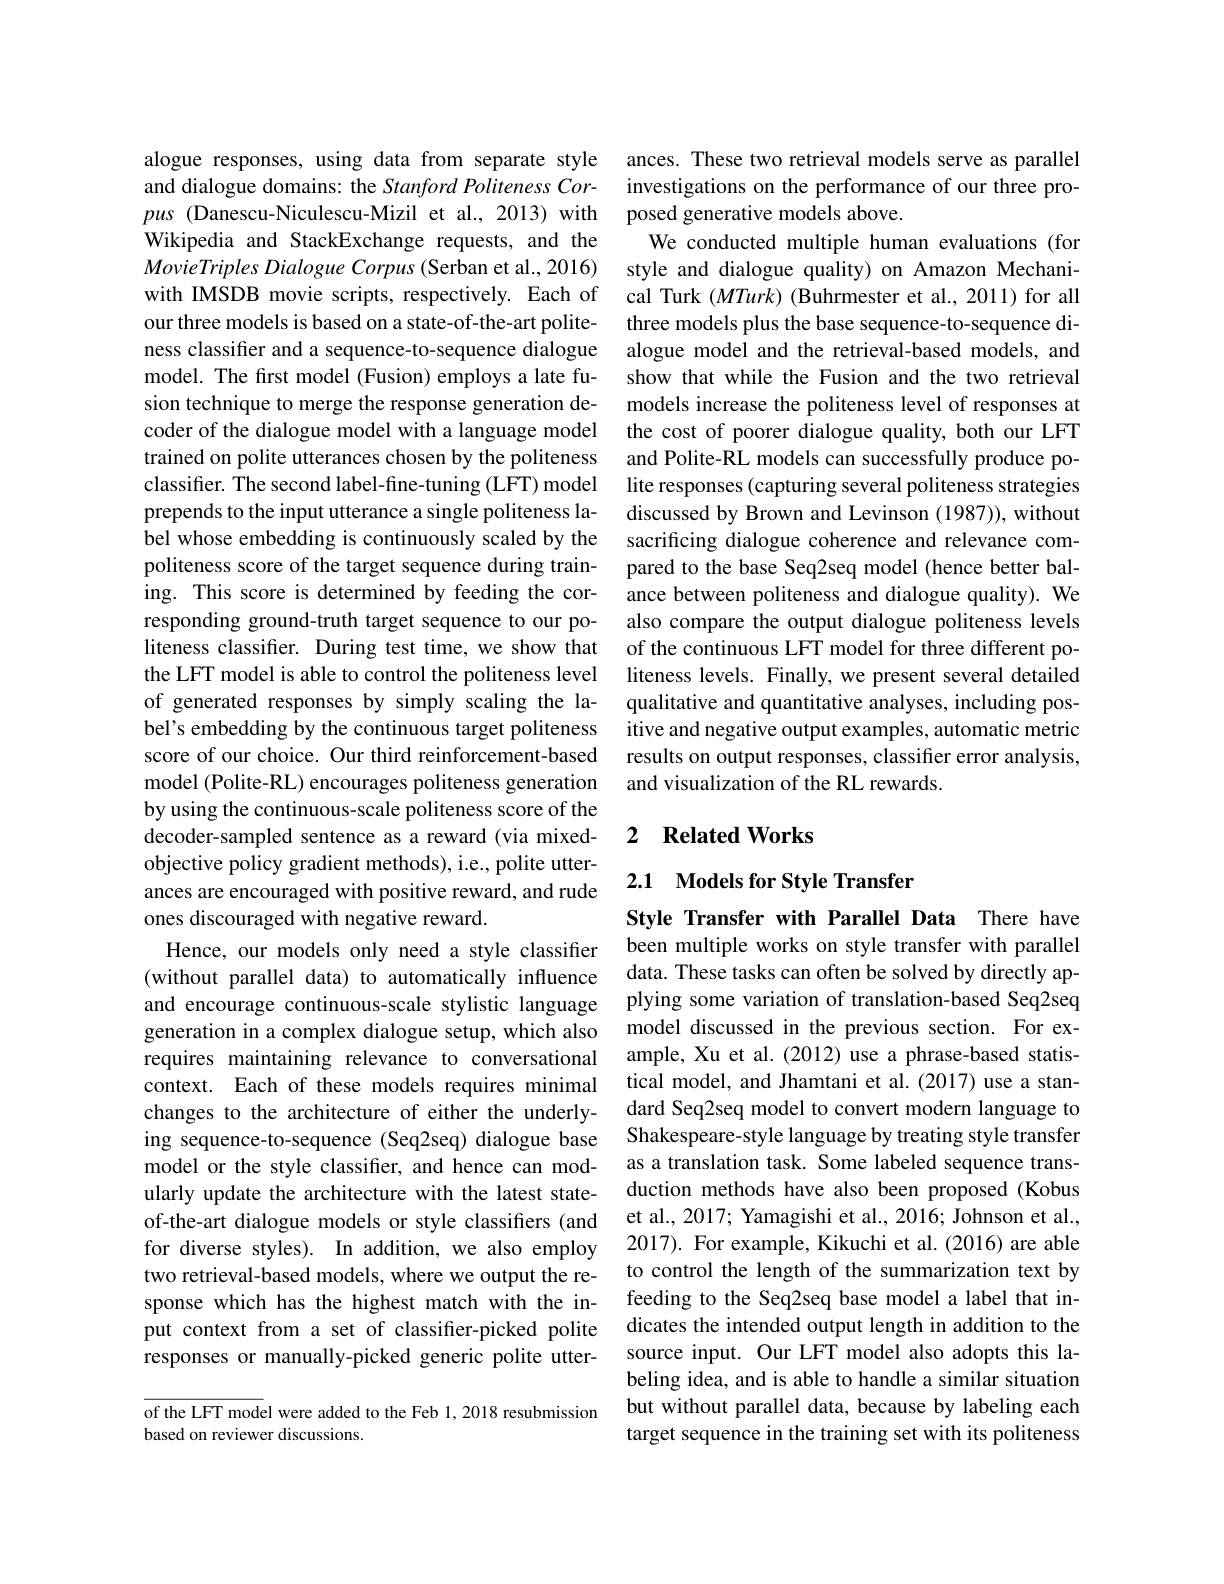
alogue responses, using data from separate style and dialogue domains: the Stanford Politeness Corpus (Danescu-Niculescu-Mizil et al.,2013) with Wikipedia and StackExchange requests, and the MovieTriples Dialogue Corpus (Serban et al., 2016) with IMSDB movie scripts, respectively. Each of our three models is based on a state-of-the-art politeness classifier and a sequence-to-sequence dialogue model. The frst model (Fusion) employs a late fusion technique to merge the response generation decoder of the dialogue model with a language model trained on polite utterances chosen by the politeness classifer. The second label-fine-tuning (LFT) model prepends to the input utterance a single politeness label whose embedding is continuously scaled by the politeness score of the target sequence during training. This score is determined by feeding the corresponding ground-truth target sequence to our politeness classifer. During test time, we show that the LFT model is able to control the politeness level of generated responses by simply scaling the label's embedding by the continuous target politeness score of our choice. Our third reinforcement-based model (Polite-RL) encourages politeness generation by using the continuous-scale politeness score of the decoder-sampled sentence as a reward (via mixedobjective policy gradient methods), i.e., polite utterances are encouraged with positive reward, and rude ones discouraged with negative reward.
Hence, our models only need a style classifier (without parallel data) to automatically influence and encourage continuous-scale stylistic language generation in a complex dialogue setup, which also requires maintaining relevance to conversational context. Each of these models requires minimal changes to the architecture of either the underlying sequence-to-sequence (Seq2seq) dialogue base model or the style classifier, and hence can modularly update the architecture with the latest stateof-the-art dialogue models or style classifiers (and for diverse styles). In addition, we also employ two retrieval-based models, where we output the response which has the highest match with the input context from a set of classifier-picked polite responses or manually-picked generic polite utter-

of the LFT model were added to the Feb 1, 2018 resubmission
based on reviewer discussions.

ances. These two retrieval models serve as parallel investigations on the performance of our three proposed generative models above.
We conducted multiple human evaluations (for style and dialogue quality) on Amazon Mechanical Turk $(MTurk)$ (Buhrmester et al., 2011) for all three models plus the base sequence-to-sequence dialogue model and the retrieval-based models, and show that while the Fusion and the two retrieval models increase the politeness level of responses at the cost of poorer dialogue quality, both our LFT and Polite-RL models can successfully produce polite responses (capturing several politeness strategies discussed by Brown and Levinson (1987)), without sacrificing dialogue coherence and relevance compared to the base Seq2seq model (hence better balance between politeness and dialogue quality). We also compare the output dialogue politeness levels of the continuous LFT model for three different politeness levels. Finally, we present several detailed qualitative and quantitative analyses, including positive and negative output examples, automatic metric results on output responses, classifier error analysis, and visualization of the RL rewards.

## 2 $\textbf{Related Works}$

### 2.1 $\textbf{Models for Style Transfer}$

Style Transfer with Parallel Data There have been multiple works on style transfer with parallel data. These tasks can often be solved by directly applying some variation of translation-based Seq2seq model discussed in the previous section. For example, Xu et al.(2012) use a phrase-based statistical model, and Jhamtani et al. (2017) use a standard Seq2seq model to convert modern language to Shakespeare-style language by treating style transfer as a translation task. Some labeled sequence transduction methods have also been proposed (Kobus et al., 2017; Yamagishi et al., 2016; Johnson et al., $2017).{\mathrm{~For~example,~Kikuchi~et~al.~(2016)~are~able}}$ to control the length of the summarization text by feeding to the Seq2seq base model a label that indicates the intended output length in addition to the source input. Our LFT model also adopts this labeling idea, and is able to handle a similar situation but without parallel data, because by labeling each target sequence in the training set with its politeness